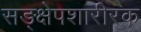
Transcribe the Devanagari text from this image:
सङ्क्षेपशारीरक